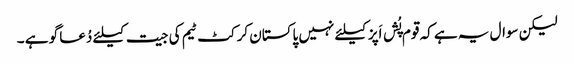
لیکن سوال یہ ہے کہ قوم پُش اَپز کیلئے نہیں پاکستان کرکٹ ٹیم کی جیت کیلئے دُعا گو ہے ۔